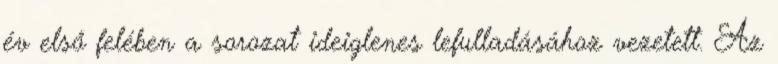
év első felében a sorozat ideiglenes lefulladásához vezetett. Az